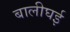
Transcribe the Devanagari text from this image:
बालीघई